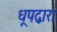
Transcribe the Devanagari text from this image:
धूपद्वारा